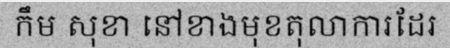
កឹម សុខា នៅខាងមុខតុលាការដែរ